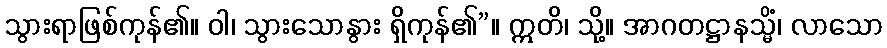
သွားရာဖြစ်ကုန်၏။ ဝါ၊ သွားသောနွား ရှိကုန်၏”။ ဣတိ၊ သို့။ အာဂတဋ္ဌာနသ္မိံ၊ လာသော